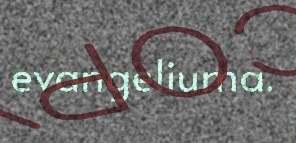
evangeliuma.